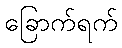
ခြောက်ရက်